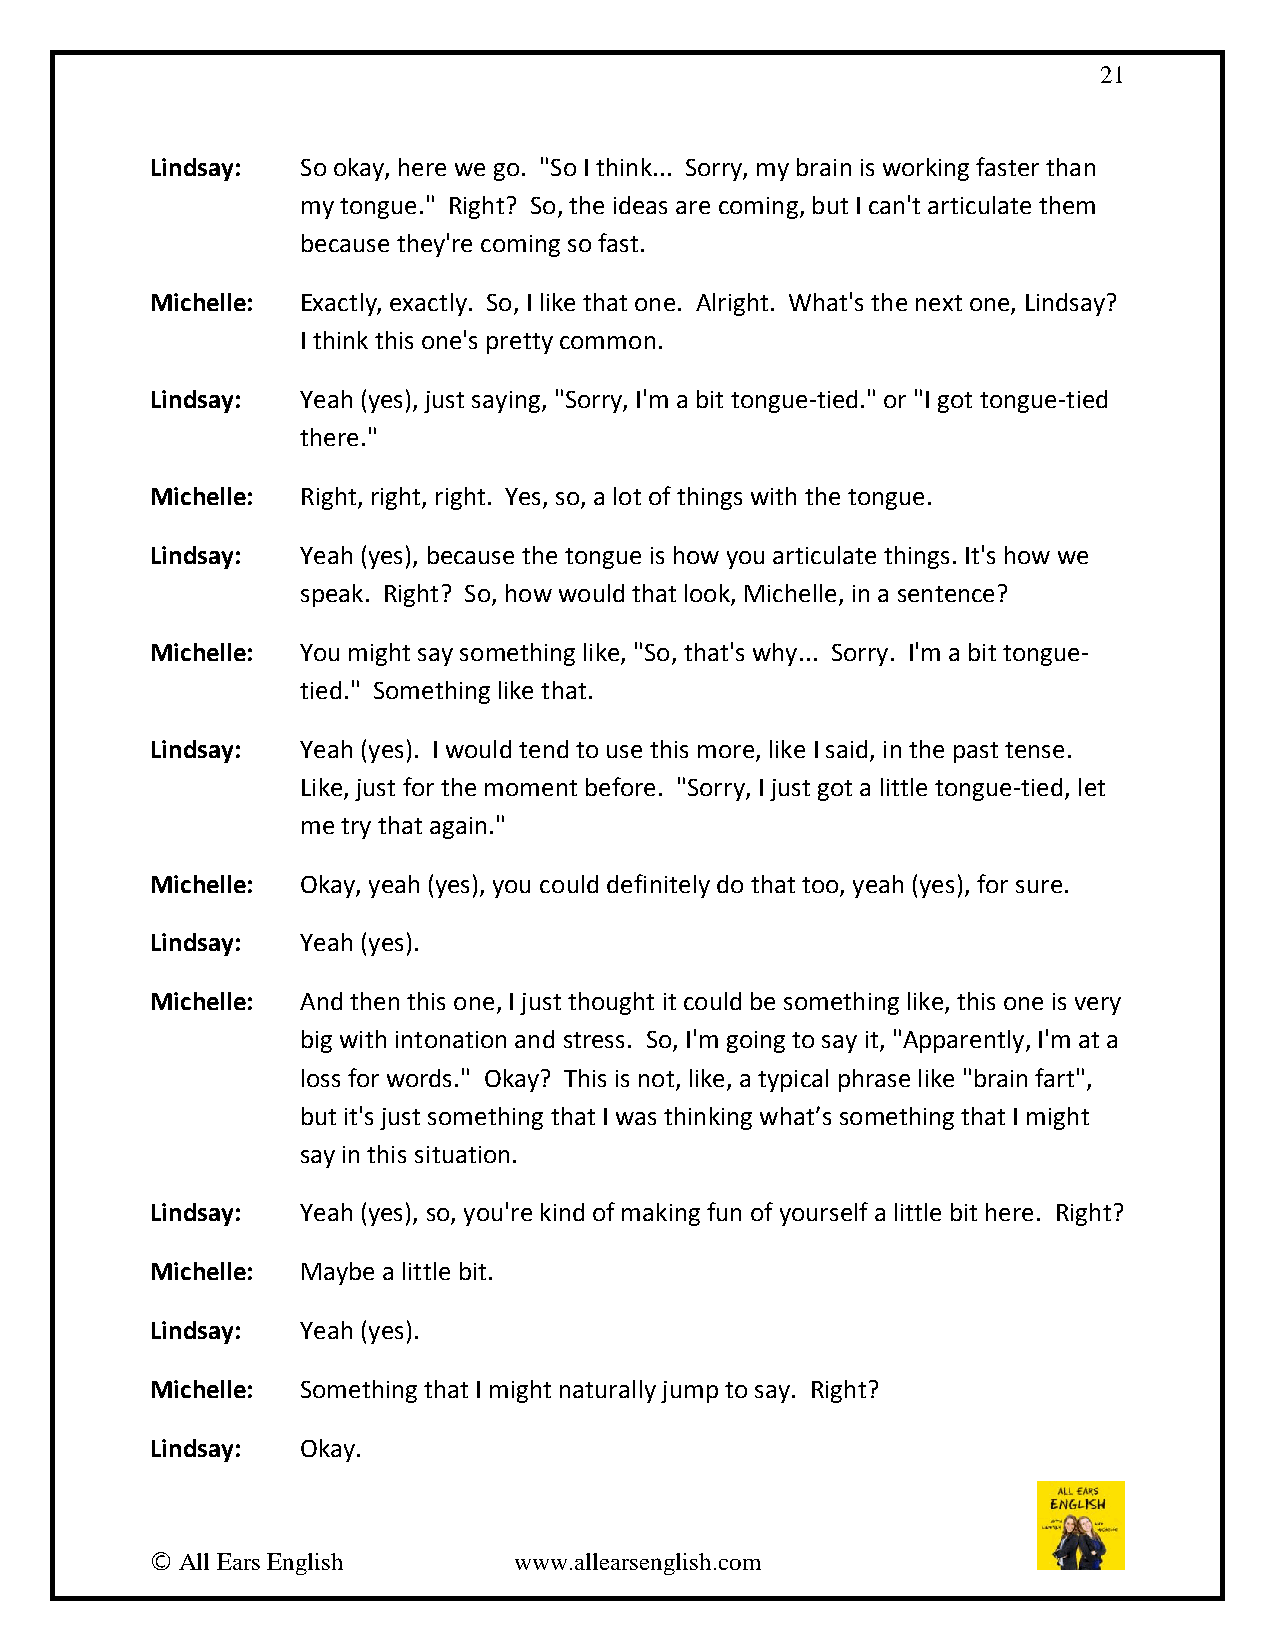
21
 Lindsay:  So okay, here we go. "So I think... Sorry, my brain is working faster than
 my tongue." Right? So, the ideas are coming, but I can't articulate them
 because they're coming so fast.
 Michelle: Exactly, exactly. So, I like that one. Alright. What's the next one, Lindsay?
 I think this one's pretty common.
 Lindsay:  Yeah (yes), just saying, "Sorry, I'm a bit tongue-tied." or "I got tongue-tied
 there."
 Michelle: Right, right, right. Yes, so, a lot of things with the tongue.
 Lindsay:  Yeah (yes), because the tongue is how you articulate things. It's how we
 speak. Right? So, how would that look, Michelle, in a sentence?
 Michelle: You might say something like, "So, that's why... Sorry. I'm a bit tongue-
 tied." Something like that.
 Lindsay:  Yeah (yes). I would tend to use this more, like I said, in the past tense.
 Like, just for the moment before. "Sorry, I just got a little tongue-tied, let
 me try that again."
 Michelle: Okay, yeah (yes), you could definitely do that too, yeah (yes), for sure.
 Lindsay:  Yeah (yes).
 Michelle: And then this one, I just thought it could be something like, this one is very
 big with intonation and stress. So, I'm going to say it, "Apparently, I'm at a
 loss for words." Okay? This is not, like, a typical phrase like "brain fart",
 but it's just something that I was thinking what’s something that I might
 say in this situation.
 Lindsay:  Yeah (yes), so, you're kind of making fun of yourself a little bit here. Right?
 Michelle: Maybe a little bit.
 Lindsay:  Yeah (yes).
 Michelle: Something that I might naturally jump to say. Right?
 Lindsay:  Okay.
 © All Ears English      www.allearsenglish.com